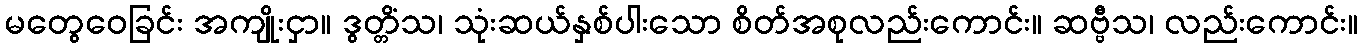
မတွေဝေခြင်း အကျိုးငှာ။ ဒွတ္တိံသ၊ သုံးဆယ်နှစ်ပါးသော စိတ်အစုလည်းကောင်း။ ဆဗ္ဗီသ၊ လည်းကောင်း။